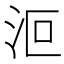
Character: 𣲳